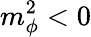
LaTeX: m_{\phi}^{2}<0